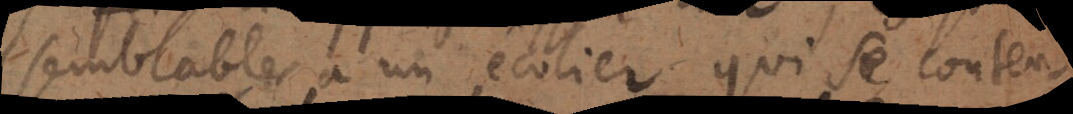
semblables à un écolier qui se conten-